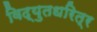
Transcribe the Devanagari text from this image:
विद्युतधरित्र